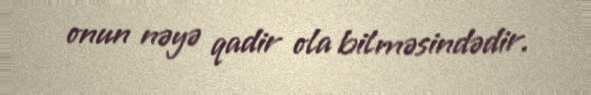
onun nəyə qadir ola bilməsindədir.